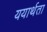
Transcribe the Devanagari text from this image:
ययार्थता